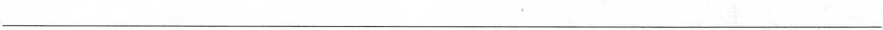
___